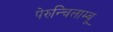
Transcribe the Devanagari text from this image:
पेरुन्चिलाम्बू